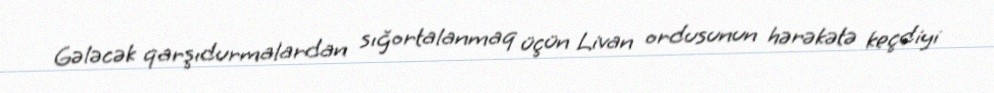
Gələcək qarşıdurmalardan sığortalanmaq üçün Livan ordusunun hərəkətə keçdiyi